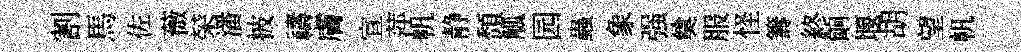
割馬佐薇荣潘披禱膚宣萍帆静頹觚园蟲象强奠服怪籌終餉堰胡望帆